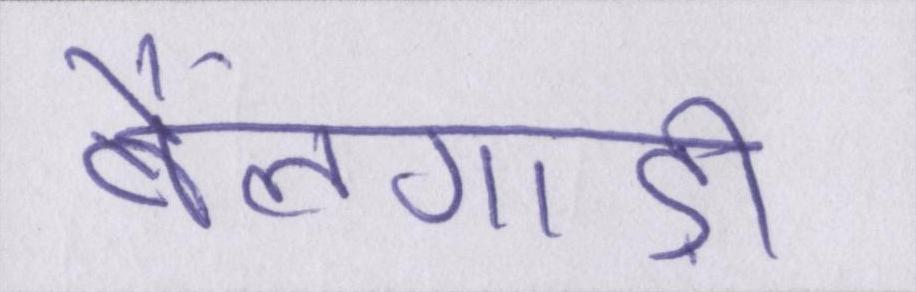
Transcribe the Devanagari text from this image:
बैलगाड़ी